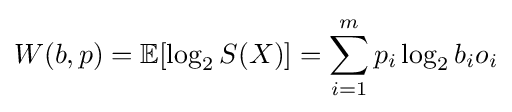
W(b,p)=\mathbb {E} [\log _{2}S(X)]=\sum _{i=1}^{m}p_{i}\log _{2}b_{i}o_{i}